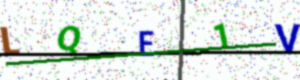
Text: LQE1V